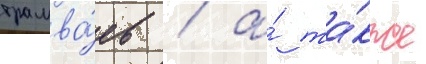
трамва́ев / а́ та́кже